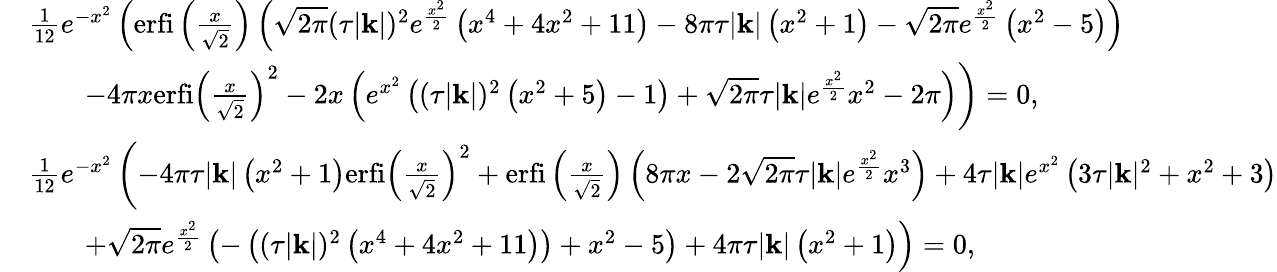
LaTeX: \begin{array}{rl}&{\frac{1}{12}e^{-x^{2}}\left(\mathrm{erfi}\left(\frac{x}{\sqrt{2}}\right)\left(\sqrt{2\pi}(\tau|\mathbf{k}|)^{2}e^{\frac{x^{2}}{2}}\left(x^{4}+4x^{2}+11\right)-8\pi\tau|\mathbf{k}|\left(x^{2}+1\right)-\sqrt{2\pi}e^{\frac{x^{2}}{2}}\left(x^{2}-5\right)\right)\right.}\\ &{\qquad\left.-4\pi x\mathrm{erfi}\left(\frac{x}{\sqrt{2}}\right)^{2}-2x\left(e^{x^{2}}\left((\tau|\mathbf{k}|)^{2}\left(x^{2}+5\right)-1\right)+\sqrt{2\pi}\tau|\mathbf{k}|e^{\frac{x^{2}}{2}}x^{2}-2\pi\right)\right)=0,}\\ &{\frac{1}{12}e^{-x^{2}}\left(-4\pi\tau|\mathbf{k}|\left(x^{2}+1\right)\mathrm{erfi}\left(\frac{x}{\sqrt{2}}\right)^{2}+\mathrm{erfi}\left(\frac{x}{\sqrt{2}}\right)\left(8\pi x-2\sqrt{2\pi}\tau|\mathbf{k}|e^{\frac{x^{2}}{2}}x^{3}\right)+4\tau|\mathbf{k}|e^{x^{2}}\left(3\tau|\mathbf{k}|^{2}+x^{2}+3\right)\right.}\\ &{\qquad\left.+\sqrt{2\pi}e^{\frac{x^{2}}{2}}\left(-\left((\tau|\mathbf{k}|)^{2}\left(x^{4}+4x^{2}+11\right)\right)+x^{2}-5\right)+4\pi\tau|\mathbf{k}|\left(x^{2}+1\right)\right)=0,}\end{array}